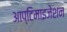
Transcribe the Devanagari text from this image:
आप्टिमाइजेशन